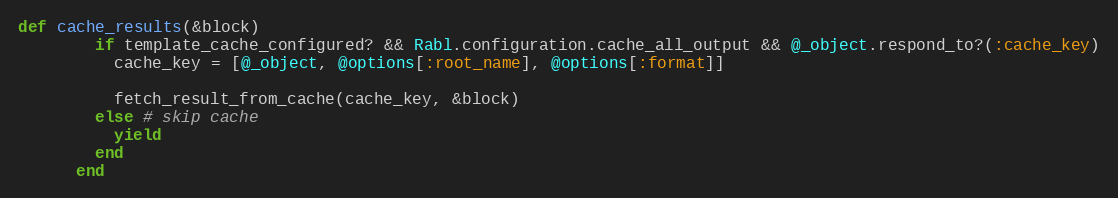
Language: Ruby
def cache_results(&block)
        if template_cache_configured? && Rabl.configuration.cache_all_output && @_object.respond_to?(:cache_key)
          cache_key = [@_object, @options[:root_name], @options[:format]]

          fetch_result_from_cache(cache_key, &block)
        else # skip cache
          yield
        end
      end